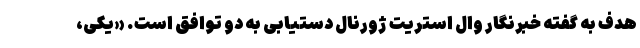
هدف به گفته خبرنگار وال استریت ژورنال دستیابی به دو توافق است. «یکی،